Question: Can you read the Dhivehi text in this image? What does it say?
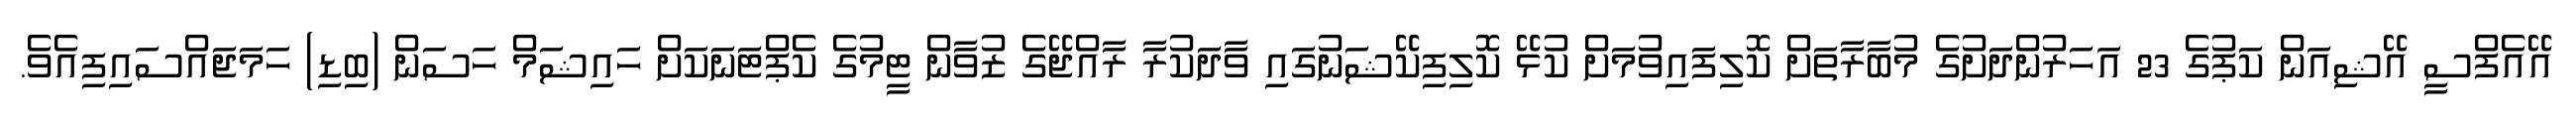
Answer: އޭއެފްސީ އޭޝިއަން ކަޕުގެ 23 އަހަރުންދަށުގެ މުބާރާތަށް ކޮލިފައިވުމަށް ކުޅޭ ކޮލިފިކޭޝަނުގައި ވާދަކުރާ ރާއްޖޭގެ ޒުވާން ޓީމުގެ ކެޕްޓަނަކަށް ހައިޝަމް ހަސަން (ބިޑި) ހަމަޖައްސައިފިއެވެ.